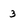
Character: 3